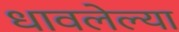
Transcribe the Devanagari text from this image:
धावलेल्या